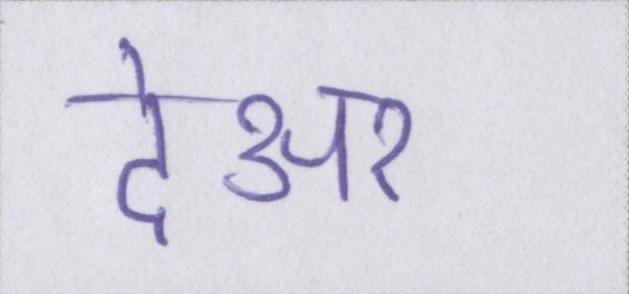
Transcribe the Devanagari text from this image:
देअर